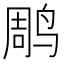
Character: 𫛲